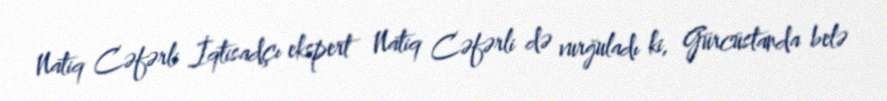
Natiq Cəfərli İqtisadçı ekspert Natiq Cəfərli də vurğuladı ki, Gürcüstanda belə